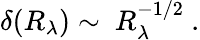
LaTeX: \delta(R_{\lambda})\sim\ R_{\lambda}^{-1/2}\ .